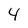
Character: 4